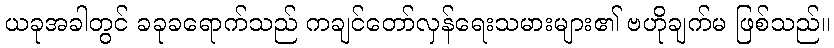
ယခုအခါတွင် ခခုခရောက်သည် ကချင်တော်လှန်ရေးသမားများ၏ ဗဟိုချက်မ ဖြစ်သည်။